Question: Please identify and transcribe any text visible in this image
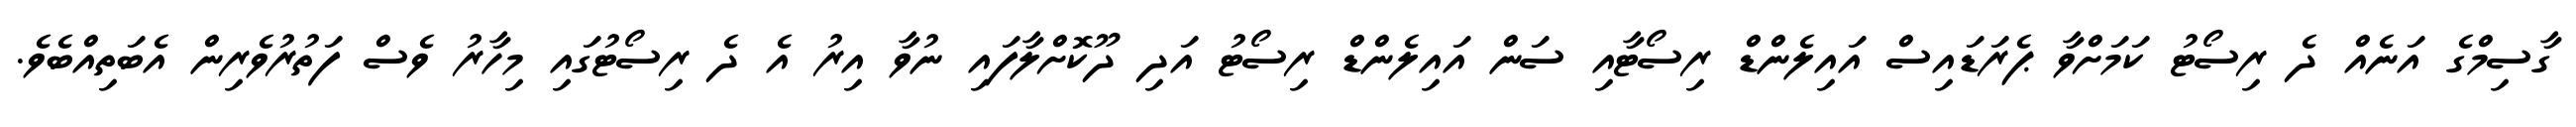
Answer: ގާސިމްގެ އަނެއް ދެ ރިސޯޓު ކަމަށްވާ ޕެރަޑައިސް އައިލެންޑް ރިސޯޓާއި ސަން އައިލެންޑް ރިސޯޓު އަދި ދޫކޮށްލާފައި ނުވާ އިރު އެ ދެ ރިސޯޓުގައި މިހާރު ވެސް ފަތުރުވެރިން އެބަތިއްބެވެ.